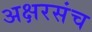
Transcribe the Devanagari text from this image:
अक्षरसंच